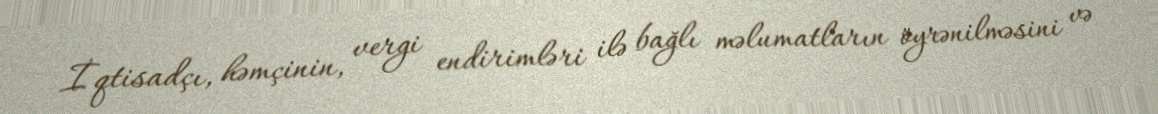
İqtisadçı, həmçinin, vergi endirimləri ilə bağlı məlumatların öyrənilməsini və